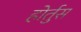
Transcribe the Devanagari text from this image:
होर्तुस